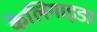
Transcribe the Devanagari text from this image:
केलिगाइडा